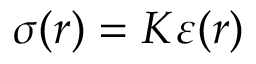
\sigma ( r ) = K \varepsilon ( r )